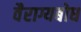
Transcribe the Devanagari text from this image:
वैराग्यबोध